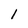
Character: 1